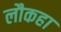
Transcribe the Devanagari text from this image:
लौकहा